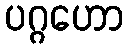
ပဂ္ဂဟော